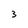
Character: 3